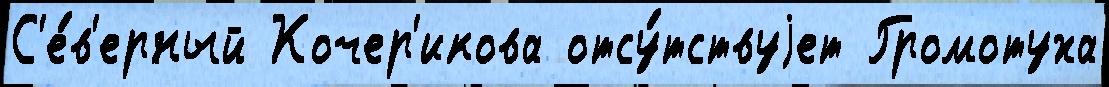
С'е́в'ерный Кочер'икова отсу́тствуjет Громотуха